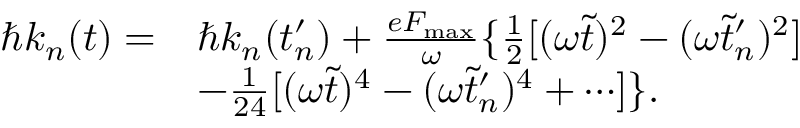
\begin{array} { r l } { \hbar k _ { n } ( t ) = } & { \hbar k _ { n } ( t _ { n } ^ { \prime } ) + \frac { e F _ { \mathrm { m a x } } } { \omega } \{ \frac { 1 } { 2 } [ ( \omega \tilde { t } ) ^ { 2 } - ( \omega \tilde { t } _ { n } ^ { \prime } ) ^ { 2 } ] } \\ & { - \frac { 1 } { 2 4 } [ ( \omega \tilde { t } ) ^ { 4 } - ( \omega \tilde { t } _ { n } ^ { \prime } ) ^ { 4 } + \cdots ] \} . } \end{array}